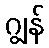
ဂျွန်